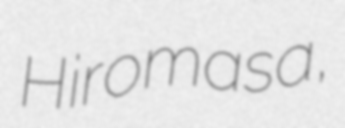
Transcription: Hiromasa,